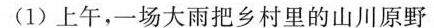
(1)上午，一场大雨把乡村里的山川原野